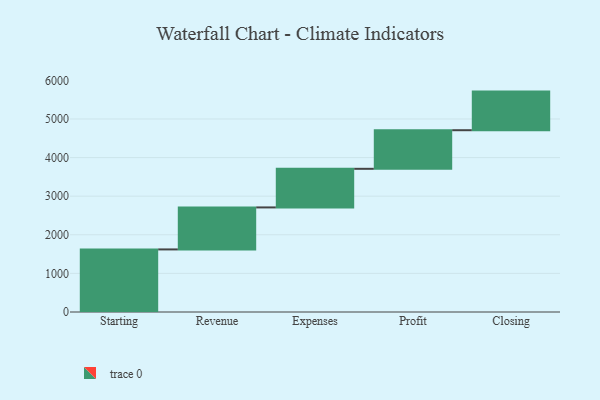
{"axis": {"x": "Step", "y": "Value"}, "legend": [""], "data": [{"x": "Starting", "y": 1621.0, "type": ""}, {"x": "Revenue", "y": 1088.0, "type": ""}, {"x": "Expenses", "y": 1000, "type": ""}, {"x": "Profit", "y": 1000, "type": ""}, {"x": "Closing", "y": 1000, "type": ""}]}